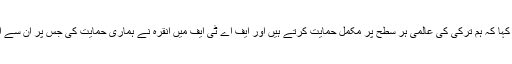
وزیراعظم پاکستان نے کہا کہ ہم ترکی کی عالمی ہر سطح پر مکمل حمایت کرتے ہیں اور ایف اے ٹی ایف میں انقرہ نے ہماری حمایت کی جس پر ان سے اظہار تشکر کرتے ہیں۔